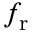
f _ { \mathrm r }